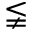
\lneqq